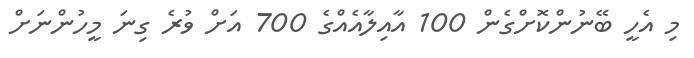
މި އެހީ ބޭނުންކޮށްގެން 100 އާއިލާއެއްގެ 700 އަށް ވުރެ ގިނަ މީހުންނަށް